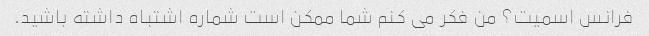
فرانس اسمیت؟ من فکر می کنم شما ممکن است شماره اشتباه داشته باشید.